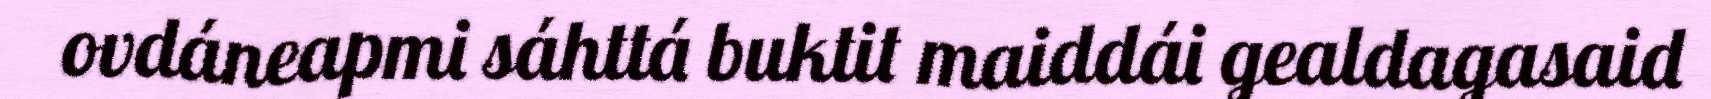
ovdáneapmi sáhttá buktit maiddái gealdagasaid